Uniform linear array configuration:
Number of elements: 48
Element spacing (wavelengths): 0.25
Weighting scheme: kaiser
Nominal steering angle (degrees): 0
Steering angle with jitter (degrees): -1.391
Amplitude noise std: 0.05
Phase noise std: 0.05

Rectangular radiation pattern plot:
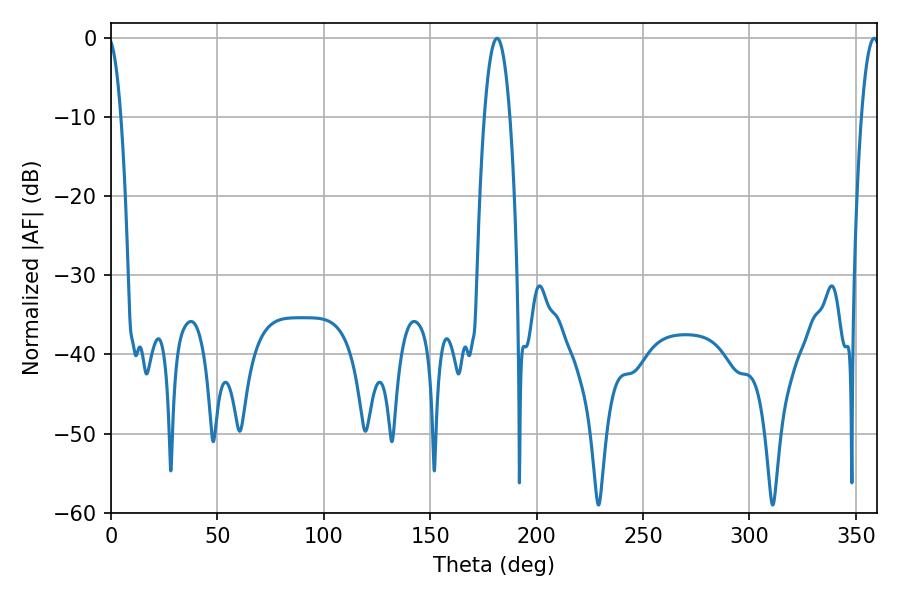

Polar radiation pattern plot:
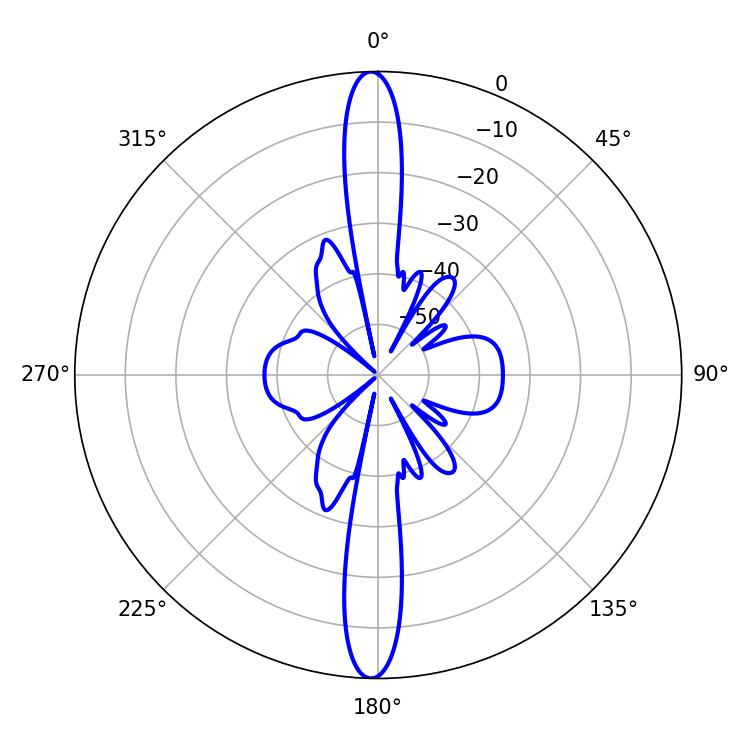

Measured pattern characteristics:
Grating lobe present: FALSE
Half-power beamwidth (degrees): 6.66
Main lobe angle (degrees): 181.44